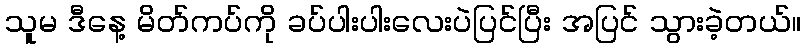
သူမ ဒီနေ့ မိတ်ကပ်ကို ခပ်ပါးပါးလေးပဲပြင်ပြီး အပြင် သွားခဲ့တယ်။